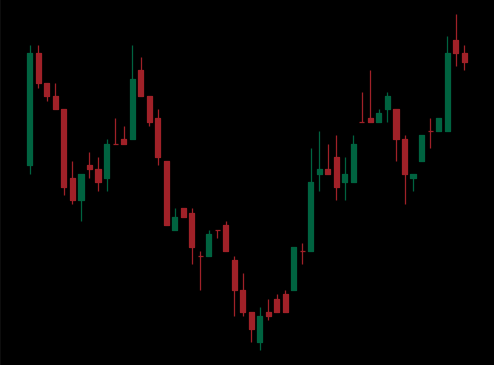
Pattern: inverse_head_shoulders